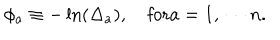
\phi _ { a } \equiv - \ln ( \Delta _ { a } ) , \quad \mathrm { f o r } a = 1 , \, \cdots n .